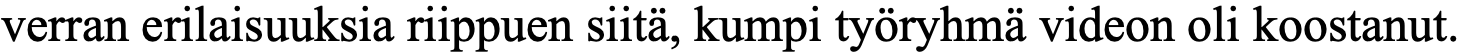
verran erilaisuuksia riippuen siitä, kumpi työryhmä videon oli koostanut.